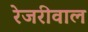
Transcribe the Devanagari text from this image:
रेजरीवाल